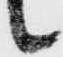
候